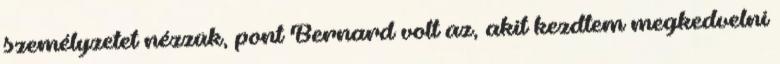
személyzetet nézzük, pont Bernard volt az, akit kezdtem megkedvelni